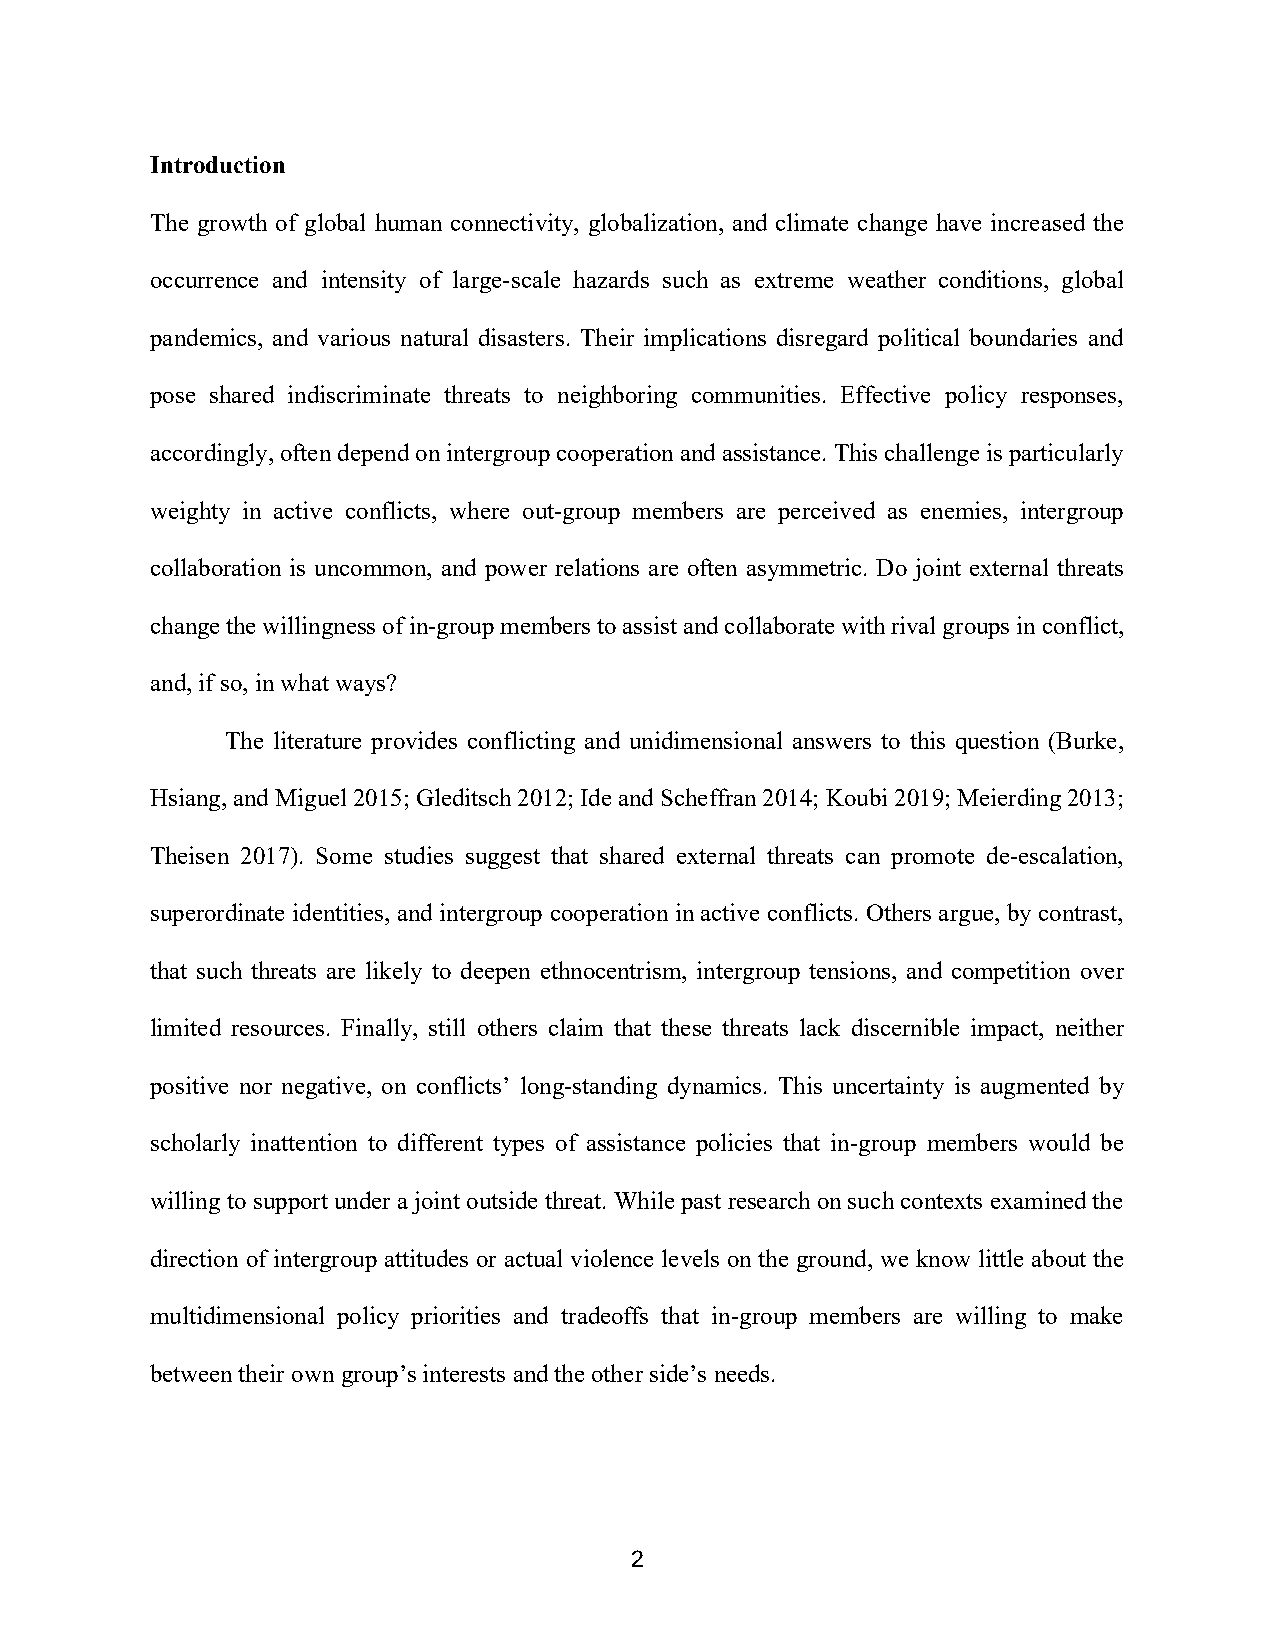
Introduction
 The growth of global human connectivity, globalization, and climate change have increased the
 occurrence and intensity of large-scale hazards such as extreme weather conditions, global
 pandemics, and various natural disasters. Their implications disregard political boundaries and
 pose shared indiscriminate threats to neighboring communities. Effective policy responses,
 accordingly, often depend on intergroup cooperation and assistance. This challenge is particularly
 weighty in active conflicts, where out-group members are perceived as enemies, intergroup
 collaboration is uncommon, and power relations are often asymmetric. Do joint external threats
 change the willingness of in-group members to assist and collaborate with rival groups in conflict,
 and, if so, in what ways?
 The literature provides conflicting and unidimensional answers to this question (Burke,
 Hsiang, and Miguel 2015; Gleditsch 2012; Ide and Scheffran 2014; Koubi 2019; Meierding 2013;
 Theisen 2017). Some studies suggest that shared external threats can promote de-escalation,
 superordinate identities, and intergroup cooperation in active conflicts. Others argue, by contrast,
 that such threats are likely to deepen ethnocentrism, intergroup tensions, and competition over
 limited resources. Finally, still others claim that these threats lack discernible impact, neither
 positive nor negative, on conflicts’ long-standing dynamics. This uncertainty is augmented by
 scholarly inattention to different types of assistance policies that in-group members would be
 willing to support under a joint outside threat. While past research on such contexts examined the
 direction of intergroup attitudes or actual violence levels on the ground, we know little about the
 multidimensional policy priorities and tradeoffs that in-group members are willing to make
 between their own group’s interests and the other side’s needs.
 2